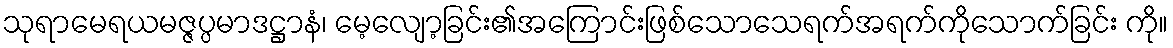
သုရာမေရယမဇ္ဇပ္ပမာဒဋ္ဌာနံ၊ မေ့လျော့ခြင်း၏အကြောင်းဖြစ်သောသေရက်အရက်ကိုသောက်ခြင်း ကို။